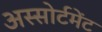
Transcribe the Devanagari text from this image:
अस्सोर्टमेंट